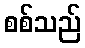
စစ်သည်